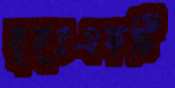
বৃহৎএকটি